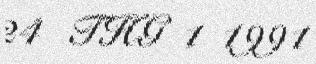
24 THG 1 1991